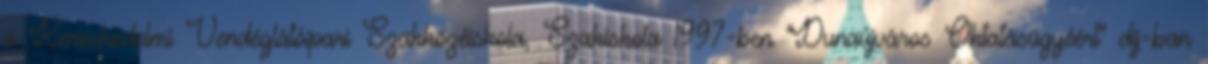
a Kereskedelmi Vendéglátóipari Szakközéiskola, Szakiskola 1997-ben "Dunaújváros Oktatásügyéért" díj-ban